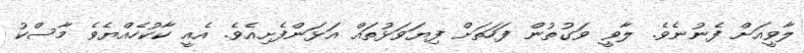
ލާވީއަށް ފެނުނެވެ. ލާވީ ވަގުތުން ފަހަތަށް ފިޔަވަޅުތައް އަޅަންފެށިއެވެ. އެއީ ކާކުހެއްޔެވެ މާސްކު